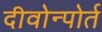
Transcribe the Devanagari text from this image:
दीवोन्पोर्त